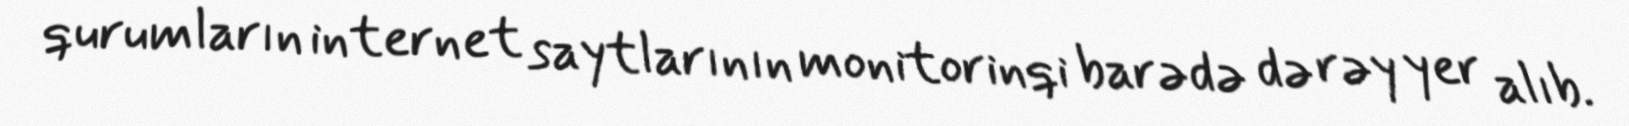
qurumların internet saytlarının monitorinqi barədə də rəy yer alıb.